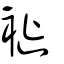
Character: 褷